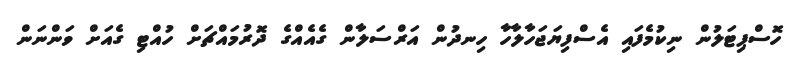
ހޮސްޕިޓަލުން ނިކުމެފައި އެސްފިޔަޖަހާލާހާ ހިނދުން އަރްސަލާން ގެއެއްގެ ދޮރުމައްޗަށް ހުއްޓި ގެއަށް ވަންނަން